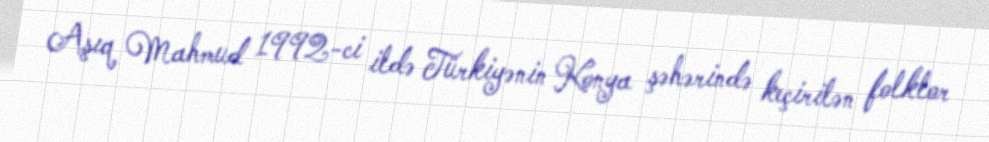
Aşıq Mahmud 1992-ci ildə Türkiyənin Konya şəhərində keçirilən folklor